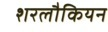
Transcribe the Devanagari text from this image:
शरलौकियन